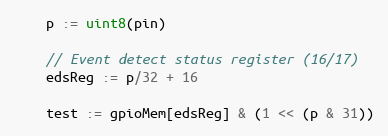
Language: Go
	p := uint8(pin)

	// Event detect status register (16/17)
	edsReg := p/32 + 16

	test := gpioMem[edsReg] & (1 << (p & 31))